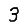
Digit: 3